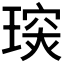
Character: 𤧪